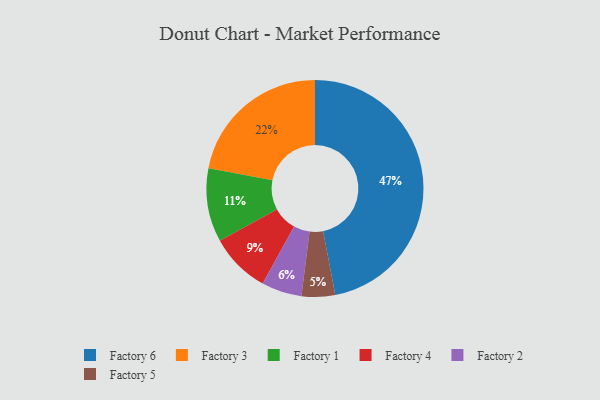
{"axis": {"x": "Category", "y": "Percentage"}, "legend": ["Factory 1", "Factory 2", "Factory 3", "Factory 4", "Factory 5", "Factory 6"], "data": [{"x": "Factory 2", "y": 6, "type": "Factory 2"}, {"x": "Factory 3", "y": 22, "type": "Factory 3"}, {"x": "Factory 6", "y": 47, "type": "Factory 6"}, {"x": "Factory 1", "y": 11, "type": "Factory 1"}, {"x": "Factory 5", "y": 5, "type": "Factory 5"}, {"x": "Factory 4", "y": 9, "type": "Factory 4"}]}